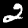
Label: 2